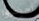
احضروا